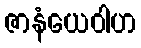
ဇာနံယေဝါဟ